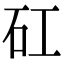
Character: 矼